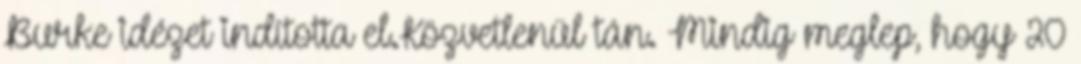
Burke idézet indította el.Közvetlenül tán. Mindig meglep, hogy 20